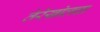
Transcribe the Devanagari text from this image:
तेरेखोलचा